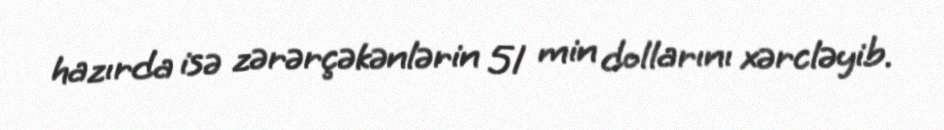
hazırda isə zərərçəkənlərin 51 min dollarını xərcləyib.